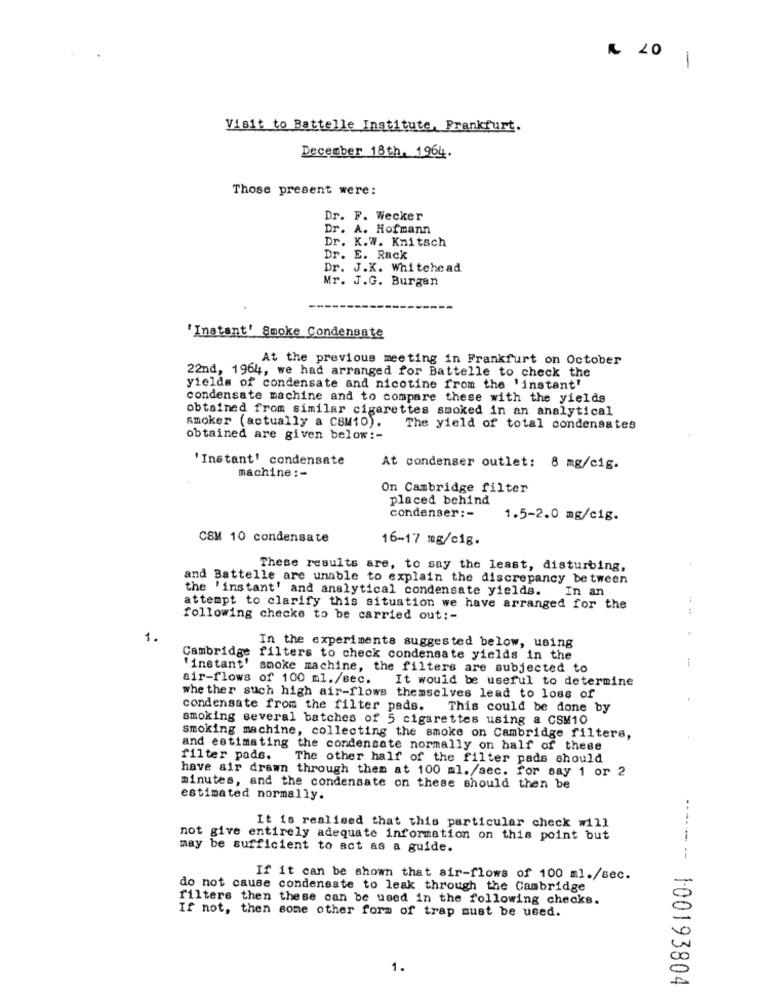
& 20
1
Visit to Battelle Institute, Frankfurt.
December 18th. 1964.
Those present were:
Dr. F. Wecker
Dr. A. Hofmann
Dr. K.W. Knitsch
Dr. E. Rack
Dr. J.K. Whitehead
Mr. J.G. Burgen
'Instant' Smoke Condensate
At the previous meeting in Frankfurt on October
22nd, 1964, we had arranged for Battelle to check the
yields of condensate and nicotine from the 'instant'
condensate machine and to compare these with the yields
obtained from similar cigarettes smoked in an analytical
smoker (actually a CSM10).
The yield of total condensates
obtained are given below :-
' Instant' condensate
At condenser outlet: 8 mg/cig.
machine :-
On Cambridge filter
placed behind
condenser :-
1.5-2.0 mg/cig.
CSM 10 condensate
16-17 mg/c1g.
These results are, to say the least, disturbing,
and Battelle are unable to explain the discrepancy between
the 'instant' and analytical condensate yields.
In an
attempt to clarify this situation we have arranged for the
following checke to be carried out :-
1.
In the experiments suggested below, using
Cambridge filters to check condensate yields in the
"instant' smoke machine, the filters are subjected to
air-flows of 100 ml./sec.
It would be useful to determine
whe ther such high air-flows themselves lead to loss of
condensate from the filter pads.
This could be done by
smoking several batches of 5 cigarettes using a CSM10
smoking machine, collecting the smoke on Cambridge filters,
and estimating the condensate normally on half of these
filter pads.
The other half of the filter pads should
have air drawn through them at 100 ml./sec. for say 1 or 2
minutes, and the condensate on these should then be
estimated normally.
It is realised that this particular check will
not give entirely adequate information on this point but
may be sufficient to act as a guide.
If it can be shown that air-flows of 100 ml./sec.
do not cause condensate to leak through the Cambridge
filters then these can be used in the following checks.
If not, then some other form of trap must be used.
1.
******- 100193804